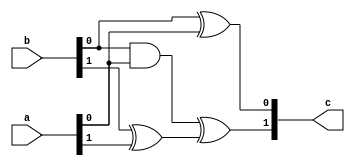
/* Generated by Yosys 0.16+6 (git sha1 e0ba32423, clang 11.0.1-2 -fPIC -Os) */

module add2(a, b, c);
  wire _0_;
  wire _1_;
  input [1:0] a;
  wire [1:0] a;
  input [1:0] b;
  wire [1:0] b;
  output [1:0] c;
  wire [1:0] c;
  assign _0_ = b[0] & a[0];
  assign _1_ = b[1] ^ a[1];
  assign c[1] = _0_ ^ _1_;
  assign c[0] = b[0] ^ a[0];
endmodule